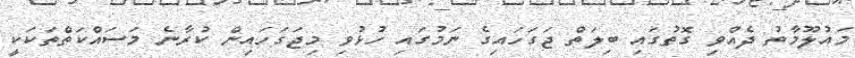
މައުލޫމާތު ދެއްވި ގޮތުގައި ބިލަތް ޖަގަހައިގެ ނަމުގައި ހުޅުވި މިޖަގަހައިން ކުރާނެ މަސައްކަތްތަކަކީ